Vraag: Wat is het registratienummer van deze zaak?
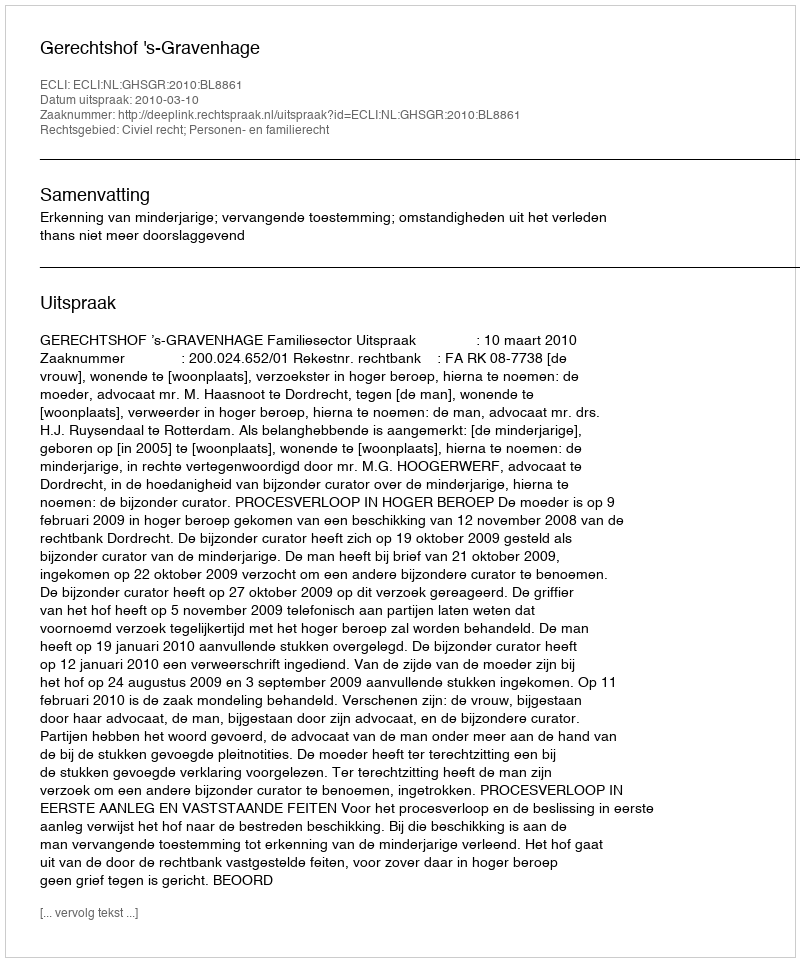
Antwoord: http://deeplink.rechtspraak.nl/uitspraak?id=ECLI:NL:GHSGR:2010:BL8861